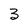
Character: 3